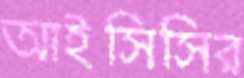
আইসিসির